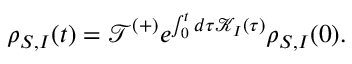
{ { \rho } _ { S , I } } ( t ) = { \mathcal { T } ^ { ( + ) } } { { e } ^ { \int _ { 0 } ^ { t } { d \tau \mathcal { K } _ { I } ( \tau ) } } } { { \rho } _ { S , I } } ( 0 ) .